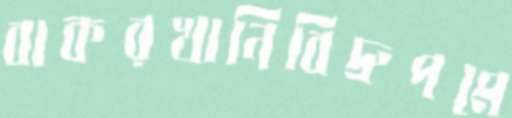
বাকরখানিবিদ্রুপমে